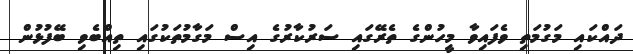
ދައްކައި މަގުމަތި ވެފައިވާ މީހުންގެ ތެރޭގައި ސަރުކާރުގެ އިސް މަގާމުތަކުގައި ތިއްބެވި ބޭފުޅުން